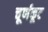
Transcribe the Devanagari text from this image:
चूर्णकूट